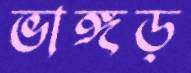
ভাঙ্গড়